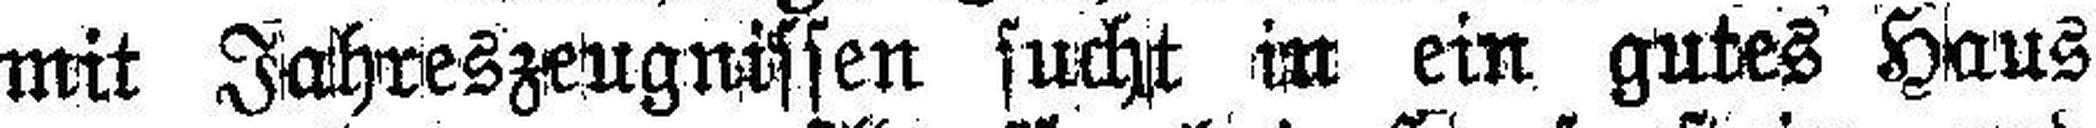
mit Jahreszeugnissen sucht in ein gutes Haus